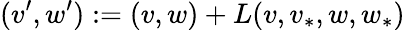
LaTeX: (v^{\prime},w^{\prime}):=(v,w)+L(v,v_{*},w,w_{*})